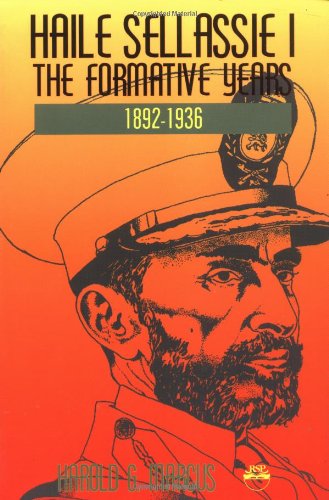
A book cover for Haile Sellassie I: The Formative Years, 1892-1936 (v. 1); Harold Marcus; History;